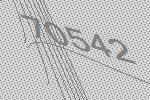
70542